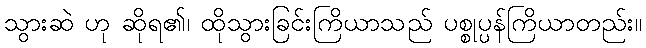
သွားဆဲ ဟု ဆိုရ၏၊ ထိုသွားခြင်းကြိယာသည် ပစ္စုပ္ပန်ကြိယာတည်း။